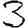
Digit: 3